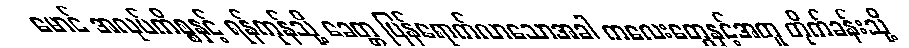
မောင် အလုပ်ကိစ္စနှင့် ရန်ကုန်သို့ ခေတ္တ ပြန်ရောက်လာသောအခါ ကလေးတွေနှင့်အတူ တိုက်ခန်းသို့